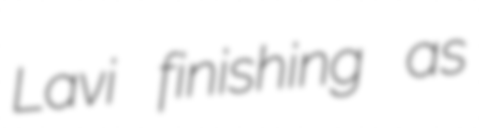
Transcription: Lavi finishing as